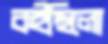
কইছিলো